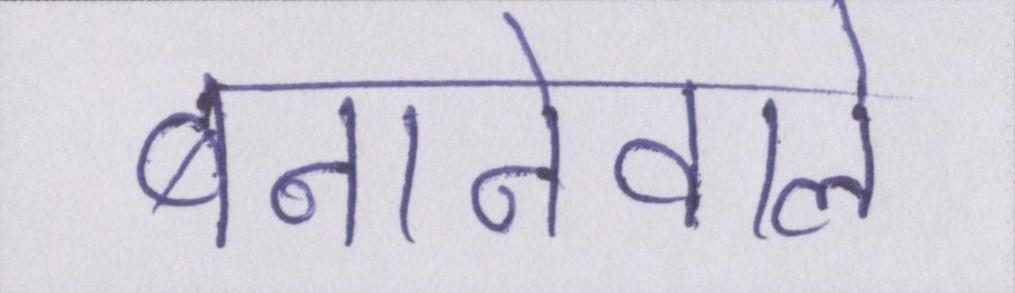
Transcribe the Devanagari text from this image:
बनानेवाले